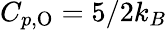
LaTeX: C_{p,\mathrm{O}}=5/2k_{B}